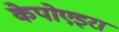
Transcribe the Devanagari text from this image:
केपोएइरा